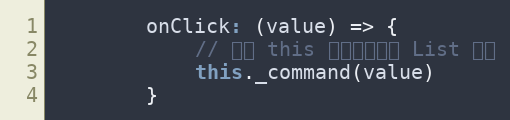
Language: JavaScript
        onClick: (value) => {
            // 注意 this 是指向当前的 List 对象
            this._command(value)
        }